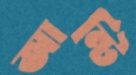
আন্টি